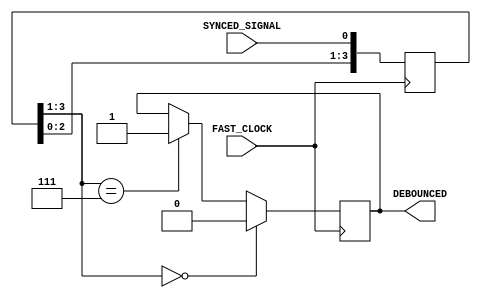
module Debouncer
  #(parameter FILTER_WIDTH = 3)
   (input      FAST_CLOCK,
    input      SYNCED_SIGNAL,
    output reg DEBOUNCED
	 );

	// Circuitul se bazeaza pe un SR cu care compara
	// o fereastra, persistenta inseamna ca semnalul 
	// este stabil
	
  reg [FILTER_WIDTH : 0] SHIFTER;
  
  always @ (posedge FAST_CLOCK) begin
    if (SHIFTER[FILTER_WIDTH:1] == 3'b000) begin
			DEBOUNCED <= 0;
    end 
		else 
		if (SHIFTER[FILTER_WIDTH:1] == 3'b111) begin
      DEBOUNCED <= 1;
		end 
    SHIFTER <= { SHIFTER[FILTER_WIDTH-1 : 0], SYNCED_SIGNAL};
  end 
  
endmodule